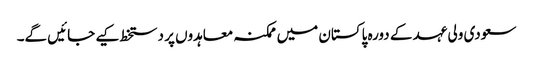
سعودی ولی عہد کے دورہ پاکستان میں ممکنہ معاہدوں پر دستخط کیے جائیں گے۔